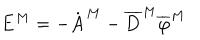
{ \bf E } ^ { M } = - \dot { \bf A } ^ { M } - \overline { { { \bf D } } } ^ { M } \overline { { { \varphi } } } ^ { M }